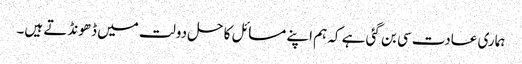
ہماری عادت سی بن گئی ہے کہ ہم اپنے مسائل کا حل دولت میں ڈھونڈتے ہیں۔